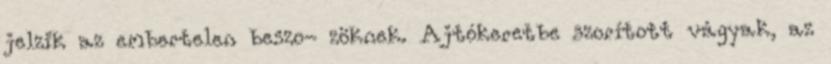
jelzik az embertelen beszo- zöknek. Ajtókeretbe szorított vágyak, az